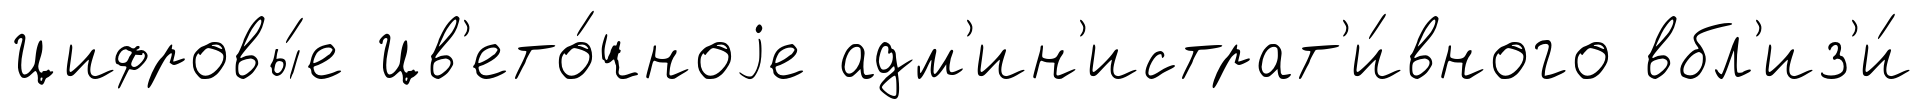
Цифровы́е Цв'ето́чноjе адм'ин'истрат'и́вного вбл'из'и́